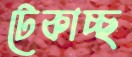
টেকাচ্ছ